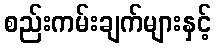
စည်းကမ်းချက်များနှင့်